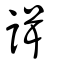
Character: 諿